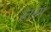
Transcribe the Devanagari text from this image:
रतनम